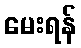
မေးရန်